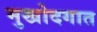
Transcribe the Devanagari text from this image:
मुखोदगात